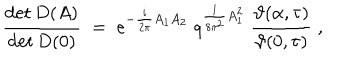
LaTeX: \frac { \det D ( A ) } { \det D ( 0 ) } \; = \; e ^ { - \frac { i } { 2 \pi } A _ { 1 } A _ { 2 } } \; q ^ { \frac { 1 } { 8 \pi ^ { 2 } } A _ { 1 } ^ { 2 } } \; \frac { \vartheta ( \alpha , \tau ) } { \vartheta ( 0 , \tau ) } \; ,